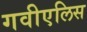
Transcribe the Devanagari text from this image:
गवीएलिस